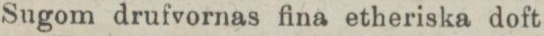
Sugom drufvornas fina etheriska doft